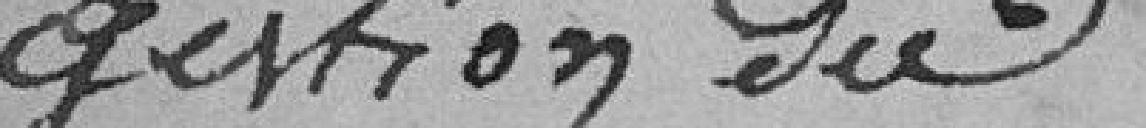
gestion du